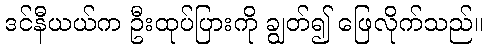
ဒင်နီယယ်က ဦးထုပ်ပြားကို ချွတ်၍ ဖြေလိုက်သည်။